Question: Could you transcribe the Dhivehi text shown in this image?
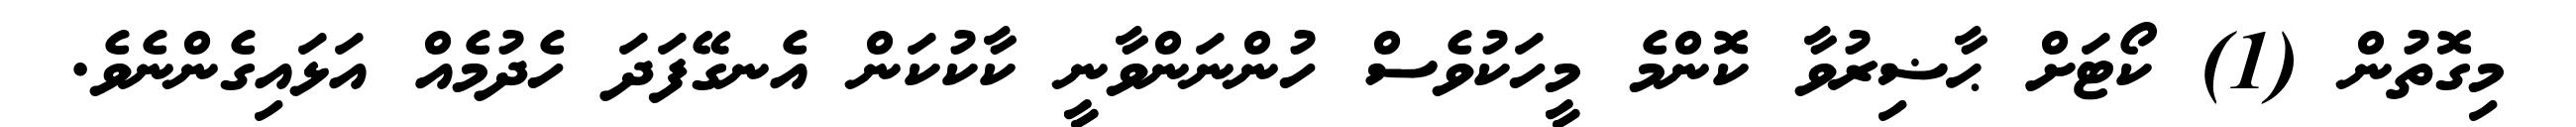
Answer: މިގޮތުން (1) ކޯޓަށް ޙާޟިރުވާ ކޮންމެ މީހަކުވެސް ހުންނަންވާނީ ކާކުކަން އެނގޭފަދަ ހެދުމެއް އަޅައިގެންނެވެ.